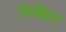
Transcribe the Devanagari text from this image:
निश्चिता